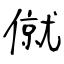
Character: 僦